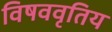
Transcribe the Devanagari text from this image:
विषववृतिय